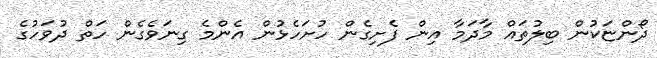
ދޯންޏަކުން ބިލުތައް މާދަމާ އިން ފެށިގެން ހުށަހެޅުން އެންމެ ގިނަވެގެން ހަތް ދުވަހުގެ